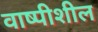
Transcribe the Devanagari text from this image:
वाष्पीशील